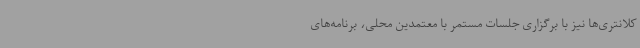
کلانتری‌ها نیز با برگزاری جلسات مستمر با معتمدین محلی، برنامه‌های